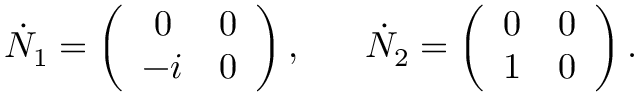
\dot { N } _ { 1 } = \left( \begin{array} { c c } { { 0 } } & { { 0 } } \\ { { - i } } & { { 0 } } \end{array} \right) , ~ ~ ~ ~ ~ \dot { N } _ { 2 } = \left( \begin{array} { c c } { { 0 } } & { { 0 } } \\ { { 1 } } & { { 0 } } \end{array} \right) .